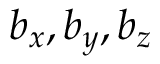
b _ { x } , b _ { y } , b _ { z }